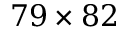
7 9 \times 8 2